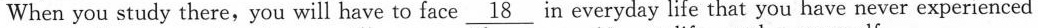
When you study there,you will have to face \underline{18} in everyday life that you have never experienced